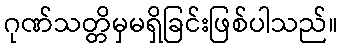
ဂုဏ်သတ္တိမှမရှိခြင်းဖြစ်ပါသည်။